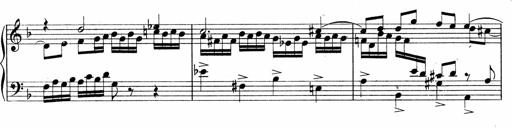
Title: Sonatina No.5
Composer: Otto Stoll
Key: F-sharp minor